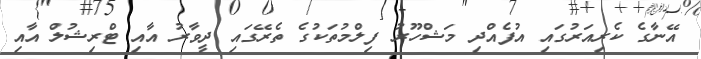
އޭނާގެ ކެރިއަރުގައި އުފެއްދި މަޝްހޫރު ފިލްމުތަކުގެ ތެރޭގައި ދީވާރު އާއި ޓްރިޝުލް އާއި